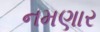
નમણાર